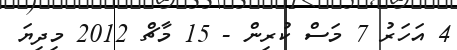
4 އަހަރު 7 މަސް ކުރިން - 15 މާޗް 2012 މިދިޔަ